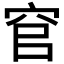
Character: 𮃻